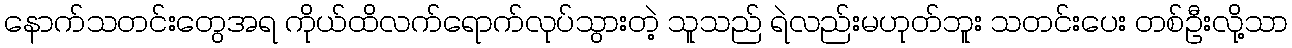
နောက်သတင်းတွေအရ ကိုယ်ထိလက်ရောက်လုပ်သွားတဲ့ သူသည် ရဲလည်းမဟုတ်ဘူး သတင်းပေး တစ်ဦးလို့သာ